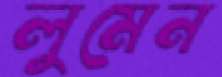
লুমেন